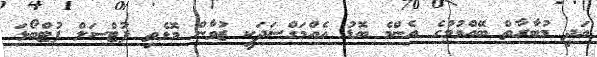
އަދި މުބާރާތް ބޭއްވުމުގެ އެންމެ ބޮޑު އެއްމަގްސަދަކީ ޒުވާން މޮޅެތި ފުޓްސަލް ފުޓްބޯޅަ